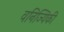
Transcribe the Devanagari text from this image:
वनिज्यिकी